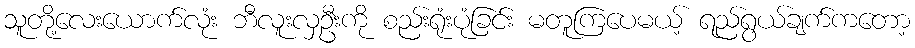
သူတို့လေးယောက်လုံး ဘီလူးလှဦးကို စည်းရုံးပုံခြင်း မတူကြပေမယ့် ရည်ရွယ်ချက်ကတော့